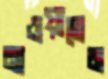
নাওয়াতেম